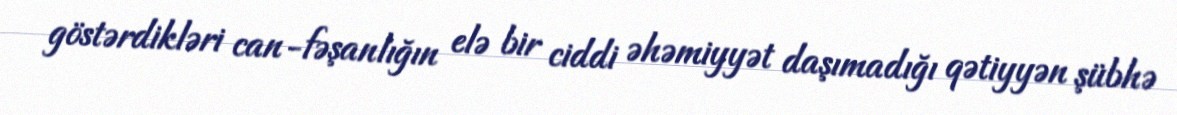
göstərdikləri can-fəşanlığın elə bir ciddi əhəmiyyət daşımadığı qətiyyən şübhə